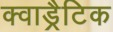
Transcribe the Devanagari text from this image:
क्वाड्रैटिक